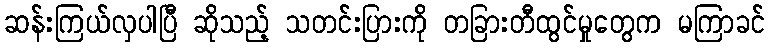
ဆန်းကြယ်လှပါပြီ ဆိုသည့် သတင်းပြားကို တခြားတီထွင်မှုတွေက မကြာခင်